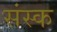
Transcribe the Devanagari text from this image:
संस्क